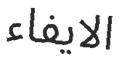
الايفاء